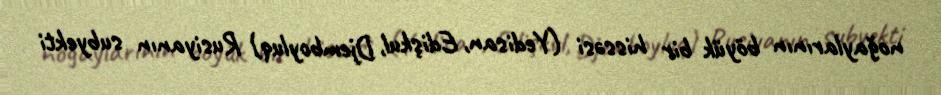
noğaylarının böyük bir hissəsi (Yedisan, Edişkul, Djemboyluq) Rusiyanın subyekti